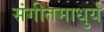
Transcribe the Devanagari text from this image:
संगीतमाधुर्य